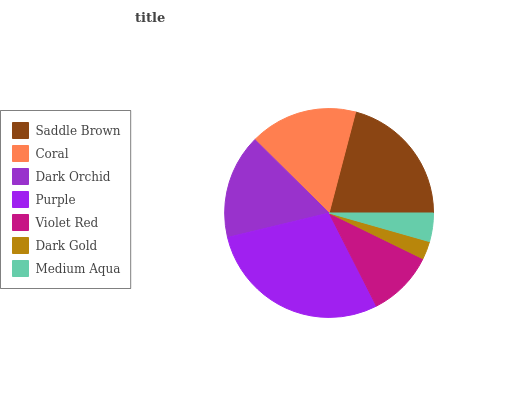
| Saddle Brown | Coral | Dark Orchid | Purple | Violet Red | Dark Gold | Medium Aqua |
 | --- | --- | --- | --- | --- | --- | --- |
 | 20.8% | 16.7% | 16.2% | 28.8% | 10.3% | 2.81% | 4.4% |